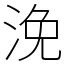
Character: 浼